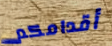
أقدامكم